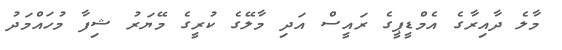
މާލެ ދާއިރާގެ އެމްޑީޕީގެ ރަައީސް އަދި މާލޭގެ ކުރީގެ މޭޔަރު ޝިފާ މުހައްމަދު